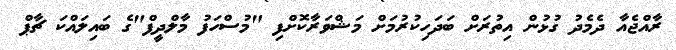
ރާއްޖެއާ ދެމެދު ގުޅުން އިތުރަށް ބަދަހިކުރުމަށް މަޝްވަރާކޮށްފި "މުސްހަފު މާލްދީފް"ގެ ބައިލައްކަ ޗާޕް